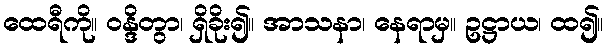
ထေရီကို။ ဝန္ဒိတွာ၊ ရှိခိုး၍။ အာသနာ၊ နေရာမှ။ ဥဋ္ဌာယ၊ ထ၍။